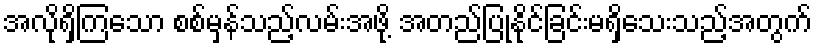
အလိုရှိကြသော စစ်မှန်သည့်လမ်းအဖို့ အတည်ပြုနိုင်ခြင်းမရှိသေးသည့်အတွက်